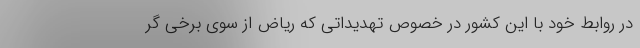
در روابط خود با این کشور در خصوص تهدیداتی که ریاض از سوی برخی‌ گر